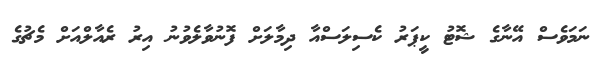
ނަމަވެސް އޭނާގެ ޝޮޓު ކީޕަރު ކެސިލަސްއާ ދިމާލަށް ފޮނުވާލެވުނު އިރު ރެއާލްއަށް މެޗުގެ